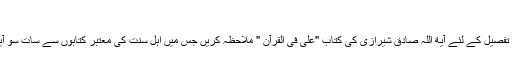
(١٣)
اس کے علاوہ بھی بہت سی آیات ہیں جو حضرت علی علیہ السلام کی شان میں نازل ہوئی ہیں تفصیل کے لئے آیة اللہ صادق شیرازی کی کتاب ''علی فی القرآن '' ملاحظہ کریں جس میں اہل سنت کی معتبر کتابوں سے سات سو آیات کی نشاندہی کی گئی ہے نیز علامہ امینی کی کتاب الغدیر کی دوسری جلد ملاحظہ کریں ۔